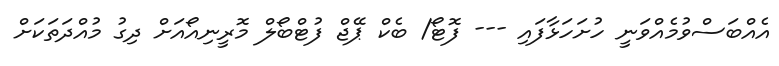
އެއްބަސްވުމެއްވަނީ ހުށަހަޅާފައި --- ފޮޓޯ/ ބެކް ޕޭޖް ފުޓްބޯލް މޮރީނިއޯއަށް ދިގު މުއްދަތަކަށް